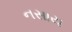
નસાય